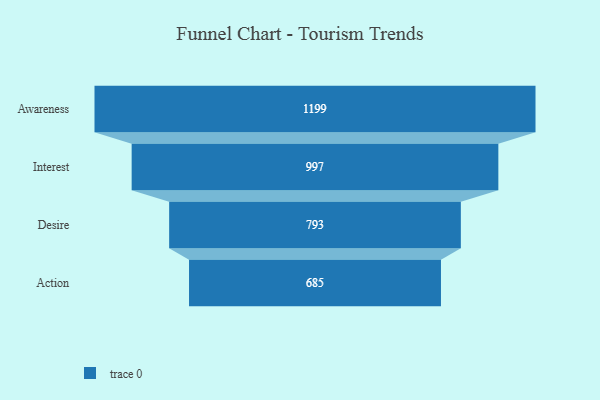
{"axis": {"x": "Stage", "y": "Value"}, "legend": [""], "data": [{"x": "Awareness", "y": 1199.0, "type": ""}, {"x": "Interest", "y": 997.0, "type": ""}, {"x": "Desire", "y": 793.0, "type": ""}, {"x": "Action", "y": 685.0, "type": ""}]}